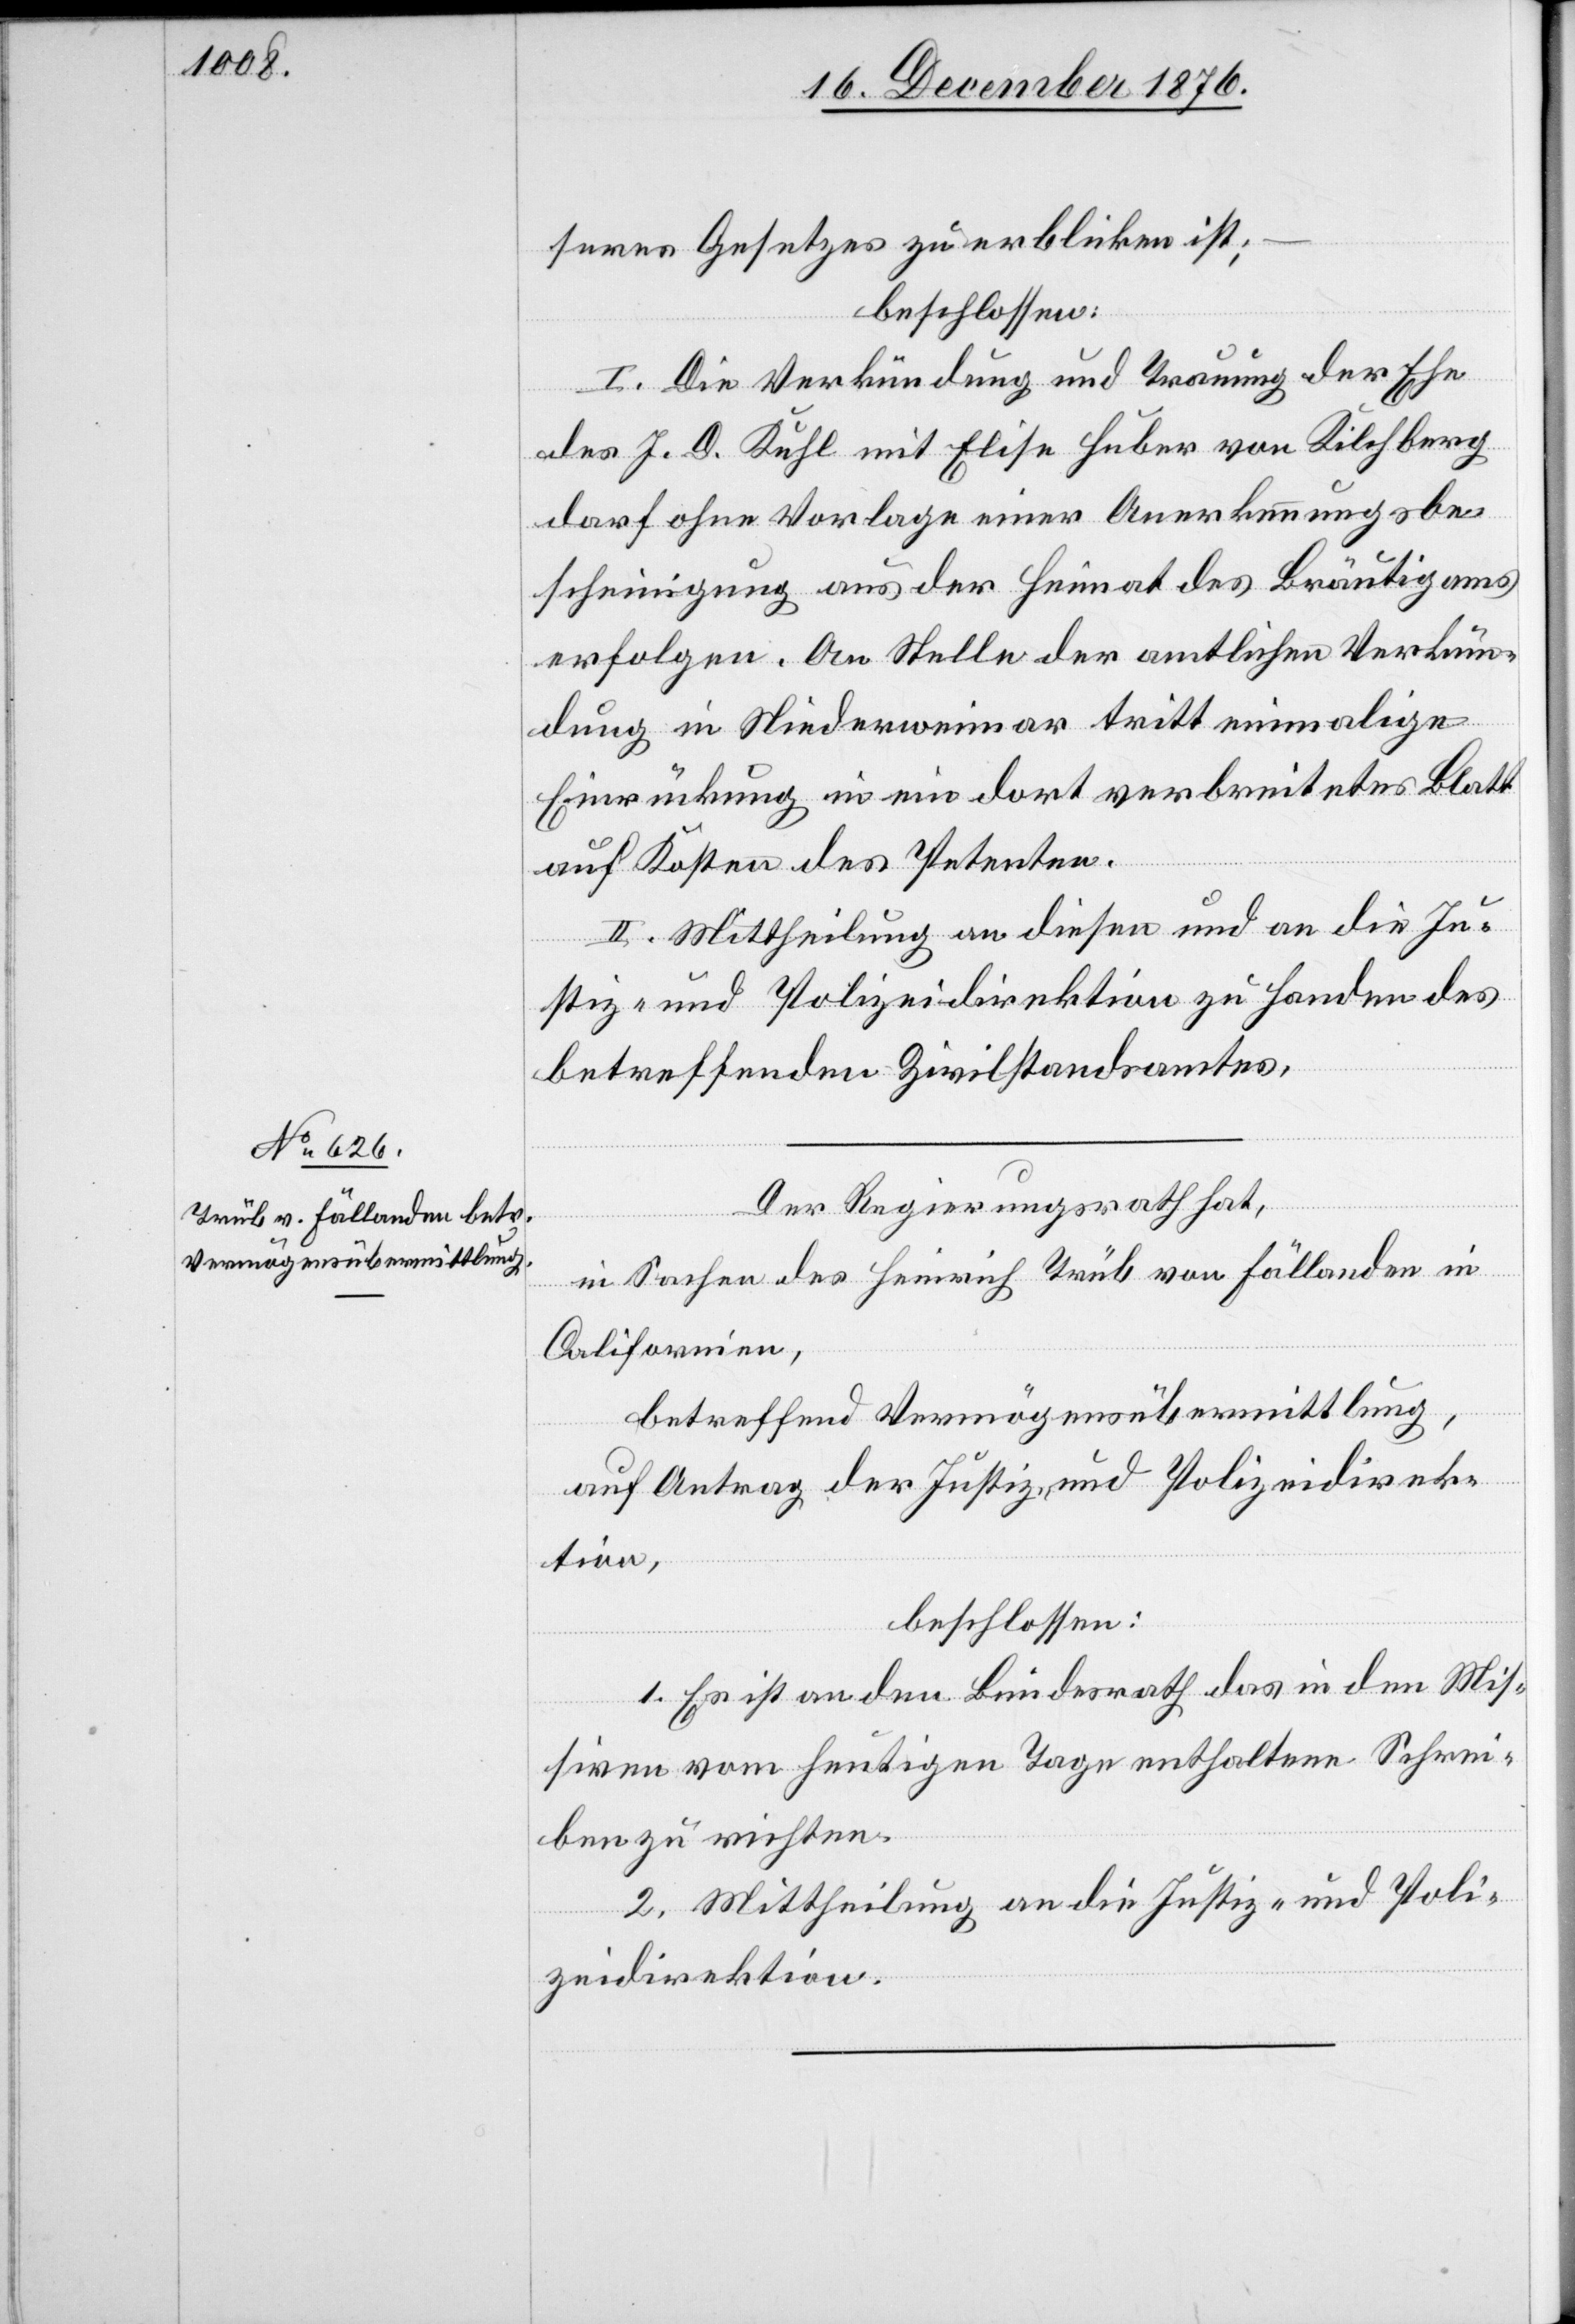
seres Gesetzes zu erblicken ist;
beschlossen:
I. Die Verkündung und Trauung der Ehe
des J. D. Kuhl mit Elise Huber von Kilchberg
darf ohne Vorlage einer Anerkennungsbe¬
scheinigung aus der Heimat des Bräutigams
erfolgen. An Stelle der amtlichen Verkün¬
dung in Niederweimar tritt einmalige
Einrückung in ein dort verbreitetes Blatt
auf Kosten des Petenten.
II. Mittheilung an diesen und an die Ju¬
stiz- und Polizeidirektion zu Handen des
betreffenden Zivilstandsamtes.
Der Regierungsrath hat,
in Sachen des Heinrich Trüb von Fällanden in
Californien,
betreffend Vermögensübermittlung,
auf Antrag der Justiz- und Polizeidirek¬
tion,
beschlossen:
1. Es ist an den Bundesrath das in den Mis¬
siven vom heutigen Tage enthaltene Schrei¬
ben zu richten.
2. Mittheilung an die Justiz- und Poli¬
zeidirektion.